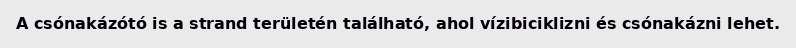
A csónakázótó is a strand területén található, ahol vízibiciklizni és csónakázni lehet.